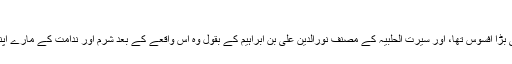
عامر بن طفیل کی مذموم حرکت اور اس کے ظلم کا بدلہ
عامر بن طفیل نے جو مذموم حرکت کی تھی اس کا ابوبراء کو بھی بڑا افسوس تھا، اور سیرت الحلبیہ کے مصنف نورالدین علی بن ابراہیم کے بقول وہ اس واقعے کے بعد شرم اور ندامت کے مارے اپنے گھر میں گوشہ نشین ہوگیا اور تھوڑے ہی عرصے بعد مر گیا۔